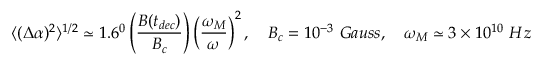
\langle ( \Delta \alpha ) ^ { 2 } \rangle ^ { 1 / 2 } \simeq 1 . 6 ^ { 0 } \left( \frac { B ( t _ { d e c } ) } { B _ { c } } \right) \left( \frac { \omega _ { M } } { \omega } \right) ^ { 2 } , ~ ~ ~ B _ { c } = 1 0 ^ { - 3 } ~ G a u s s , ~ ~ ~ \omega _ { M } \simeq 3 \times 1 0 ^ { 1 0 } ~ H z